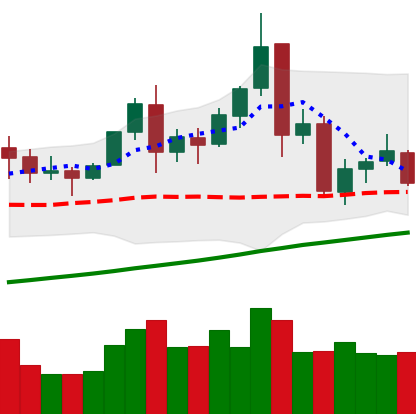
Ticker: TRX-USD
Chart end date: 2021-11-22
Forward return: -8.227%
Label: down_7plus